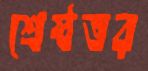
শ্রেষ্ঠতর